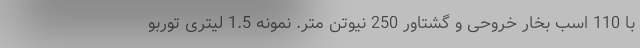
با 110 اسب بخار خروحی و گشتاور 250 نیوتن متر. نمونه 1.5 لیتری توربو